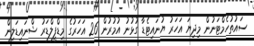
ސައުތުހެމްޓަނުން މިދިޔަ އަހަރު ޔުނައިޓެޑާ ގުޅުނު އުމުރުން 26 އަހަރުގެ މިޑްފީލްޑަރު ޝްނައިޑަލިން